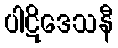
ပါဋိဒေသနီ